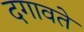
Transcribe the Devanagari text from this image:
दगावते